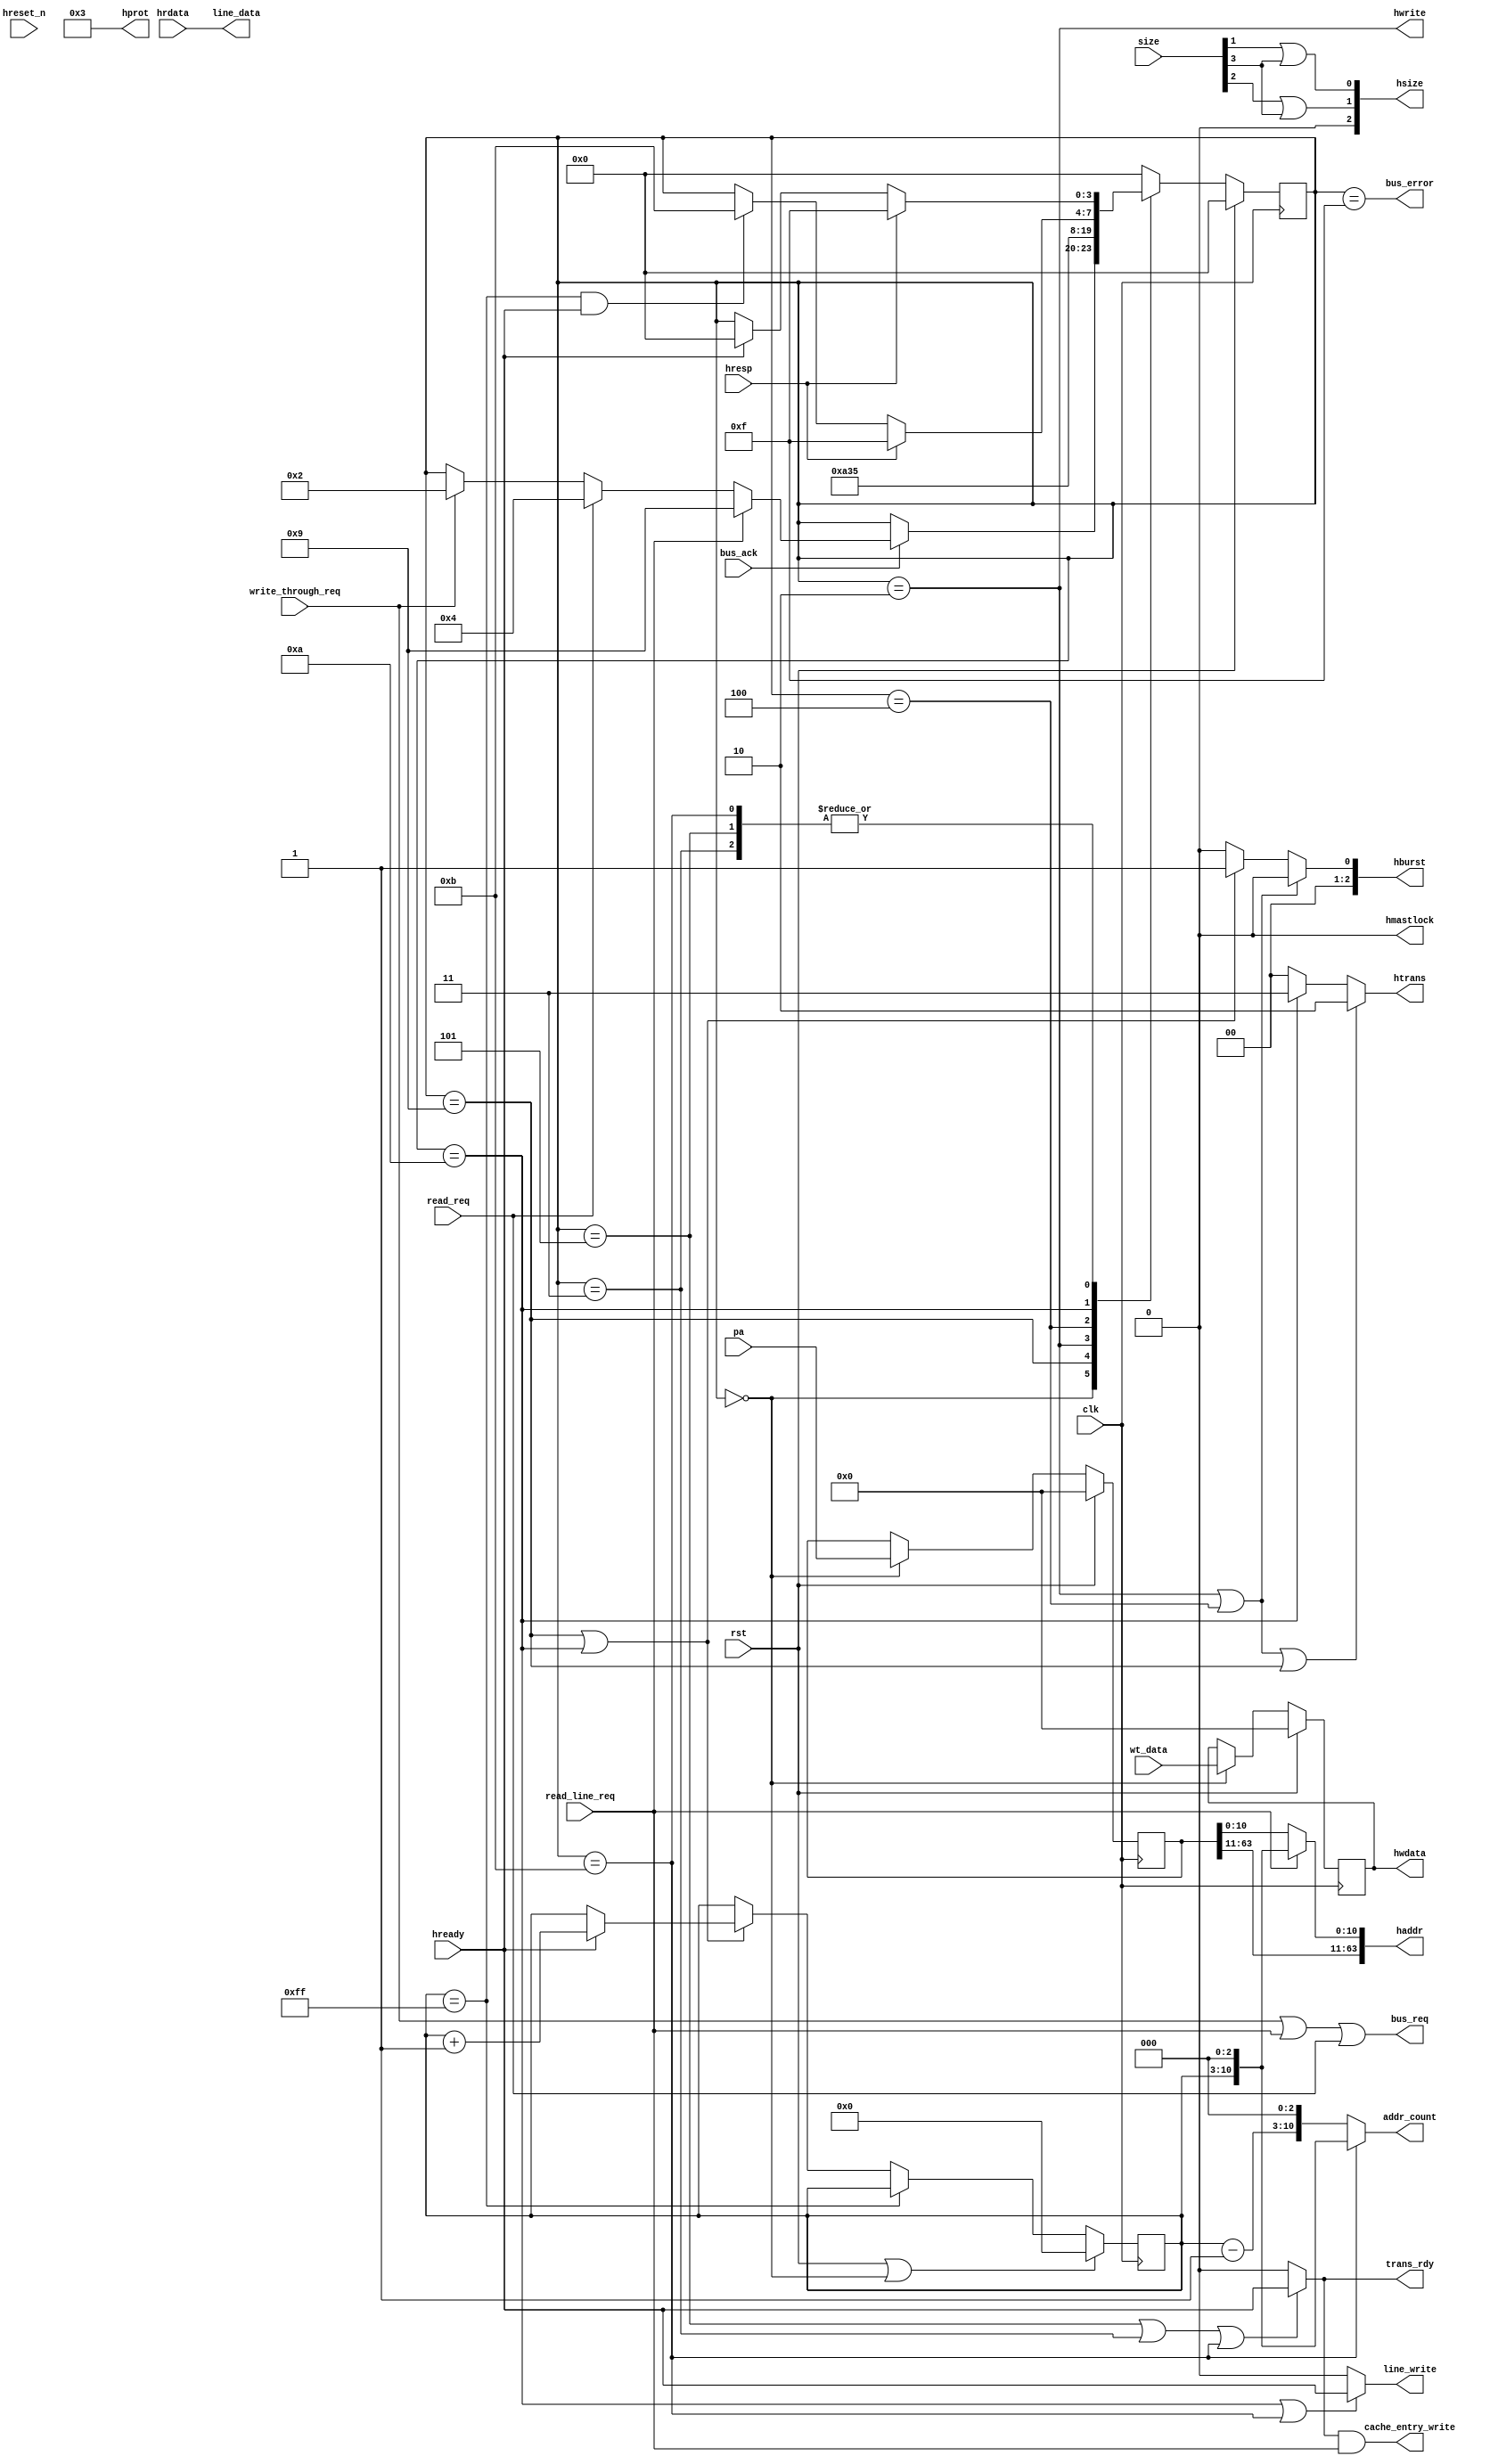
/*
cache
*/
module cache_bus_unit(
input wire clk,
input wire rst,

//cache
input wire write_through_req,	//
input wire read_req,			//
input wire read_line_req,		//
input wire [3:0]size,
input wire [63:0]pa,			//
input wire [63:0]wt_data,
output wire [63:0]line_data,
output wire [10:0]addr_count,
output wire line_write,			//cache
output wire cache_entry_write,	//entry
output wire trans_rdy,			//
output wire bus_error,			//

//AHB
//ahb
//ahb
output wire[63:0]haddr,
output wire hwrite,
output wire[2:0]hsize,
output [2:0]hburst,
output [3:0]hprot,
output [1:0]htrans,
output hmastlock,
output reg[63:0]hwdata,

input wire hready,
input wire hresp,
input wire hreset_n,
input wire [63:0]hrdata,

input wire bus_ack,		//
output wire bus_req		//

);
//ahb
parameter nseq = 2'b10;
parameter idle = 2'b00;
parameter seq  = 2'b11;


//ahb burst
parameter Single=3'b000;
parameter INCR  =3'b001;
//
parameter stb  = 4'b0000;
parameter pacov= 4'b0001;		//AHBMMU
parameter wr0  = 4'b0010;
parameter wr1  = 4'b0011;
parameter rd0  = 4'b0100;
parameter rd1  = 4'b0101;
parameter rd_b0= 4'b1001;		//read burst 0nseqseq
parameter rd_b1= 4'b1010;		//read burst 1seq
parameter rd_b2= 4'b1011;		//read burst 2

parameter acc_fault=4'b1111;	//

reg [3:0]statu;					//

reg [7:0]addr_counter;				//
reg [63:0]haddr_temp;
wire [7:0]last_addr;				//cache


//
always@(posedge clk)begin
	if(rst)begin
		statu <= stb;
	end
	else begin
		case(statu)
			//bus unit
			stb:				if(!bus_ack)begin
									statu	<=	statu;
								end
								else if(read_line_req)begin
									statu	<=	rd_b0;
								end
								else if(read_req)begin
									statu	<=	rd0;
								end
								else if(write_through_req)begin
									statu	<=	wr0;
								end
				
			//read burst
			rd_b0:	statu <= rd_b1;
			//TRANSHBURST
			wr0:	statu <= wr1;
			//
			rd0:	statu <= rd1;

			//
			rd_b1:	statu <= hresp?acc_fault:((addr_counter==8'b11111111)&hready)?rd_b2:statu;		//clkclk
			wr1:	statu <= hresp?acc_fault:hready?stb:statu;
			rd1:	statu <= hresp?acc_fault:hready?stb:statu;
	
	//
			rd_b2:	statu <= hresp?acc_fault:hready?stb:statu;
	
	//
		acc_fault:	statu <= stb;
			default: statu<= stb;
		endcase
	end	
end

//addr_counter
//addr_counter,stb
always@(posedge clk)begin
	if(rst|(statu==stb))begin
		addr_counter <= 8'b0;
	end
	
	else if(addr_counter==8'b11111111)begin
		addr_counter <= addr_counter;
	end
	else if((statu==rd_b0)|(statu==rd_b1))begin
		addr_counter <= hready?(addr_counter + 8'b1):addr_counter;
	end
end	
assign last_addr 	= addr_counter - 8'b1;
//cacheclksynccache_counteraddr_counter
//AHBaddr counter+1
//
assign line_write = ((statu==rd_b1)|(statu==rd_b2))?hready:1'b0;
assign addr_count	= (statu==rd_b2) ? {addr_counter,3'b0} : {last_addr,3'b0};

//AHB
//AHB
always@(posedge clk)begin
	if(rst)begin
		hwdata		<=	64'b0;
		haddr_temp	<=	64'b0;
	end
	else if(statu==stb)begin
		hwdata		<=	wt_data;
		haddr_temp	<=	pa;
	end
end

assign haddr	=	read_line_req ? {haddr_temp[63:11],addr_counter,3'b0} : haddr_temp;
assign hwrite	= (statu==wr0);

assign hsize[0]	= size[1] | size[3];
assign hsize[1]	= size[2] | size[3];
assign hsize[2] = 1'b0;

assign hburst	= ((statu==wr0)|(statu==rd0))?Single:((statu==rd_b0)|(statu==rd_b1))?INCR:Single;
assign hprot 	= 4'b0011;
assign htrans	= ((statu==wr0)|(statu==rd0)|(statu==rd_b0))?nseq:((statu==rd_b1))?seq:idle;	//BurstNSEQ
assign hmastlock= 1'b0;

//cache

assign line_data			=	hrdata;
assign cache_entry_write	=	trans_rdy & read_line_req;	//entry
assign trans_rdy			=	((statu==rd1)|(statu==wr1)|(statu==rd_b2))?hready:1'b0;		//
assign bus_error			=	(statu==acc_fault);			//
assign bus_req				=	write_through_req | read_line_req | read_req;



endmodule